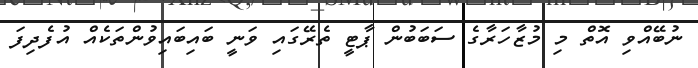
ނުބޭއްވި އޮތް މި މުޒާހަރާގެ ސަބަބުން ޕާޓީ ތެރޭގައި ވަނީ ބައިބައިވުންތަކެއް އުފެދިފަ